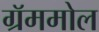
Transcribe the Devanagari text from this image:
ग्रॅममोल